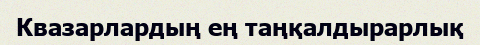
Квазарлардың ең таңқалдырарлық